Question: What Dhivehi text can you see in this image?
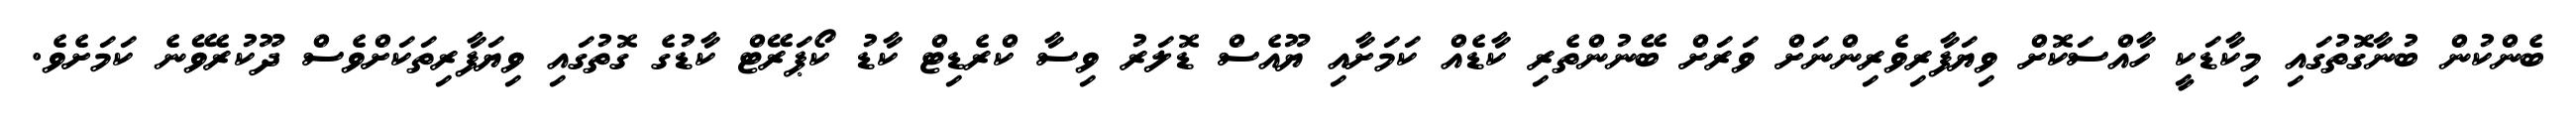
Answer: ބެންކުން ބުނާގޮތުގައި މިކާޑަކީ ހާއްސަކޮށް ވިޔަފާރިވެރިންނަށް ވަރަށް ބޭނުންތެރި ކާޑެއް ކަމަށާއި ޔޫއެސް ޑޮލަރު ވިސާ ކްރެޑިޓް ކާޑު ކޯޕަރޭޓް ކާޑުގެ ގޮތުގައި ވިޔަފާރިތަކަށްވެސް ދޫކުރެވޭނެ ކަމަށެވެ.